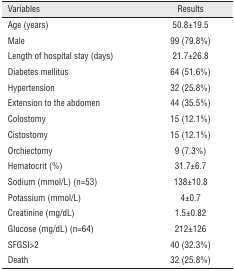
| Variables | Results |
 | --- | --- |
 | Age (years) | 50.8±19.5 |
 | Male | 99 (79.8%) |
 | Length of hospital stay (days) | 21.7±26.8 |
 | Diabetes mellitus | 64 (51.6%) |
 | Hypertension | 32 (25.8%) |
 | Extension to the abdomen | 44 (35.5%) |
 | Colostomy | 15 (12.1%) |
 | Cistostomy | 15 (12.1%) |
 | Orchiectomy | 9 (7.3%) |
 | Hematocrit (%) | 31.7±6.7 |
 | Sodium (mmol/L) (n=53) | 138±10.8 |
 | Potassium (mmol/L) | 4±0.7 |
 | Creatinine (mg/dL) | 1.5±0.82 |
 | Glucose (mg/dL) (n=64) | 212±126 |
 | SFGSI>2 | 40 (32.3%) |
 | Death | 32 (25.8%) |